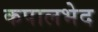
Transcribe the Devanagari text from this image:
कपालभेद